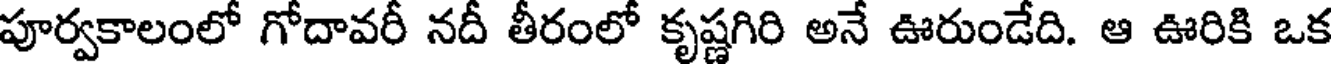
పూర్వకాలంలో గోదావరీ నదీ తీరంలో కృష్ణగిరి అనే ఊరుండేది. ఆ ఊరికి ఒక